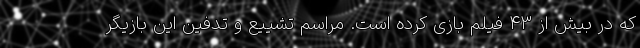
که در بیش از ۴۳ فیلم بازی کرده است. مراسم تشییع و تدفین این بازیگر